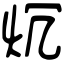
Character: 𤆤